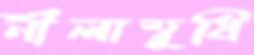
নীলাম্বুধি